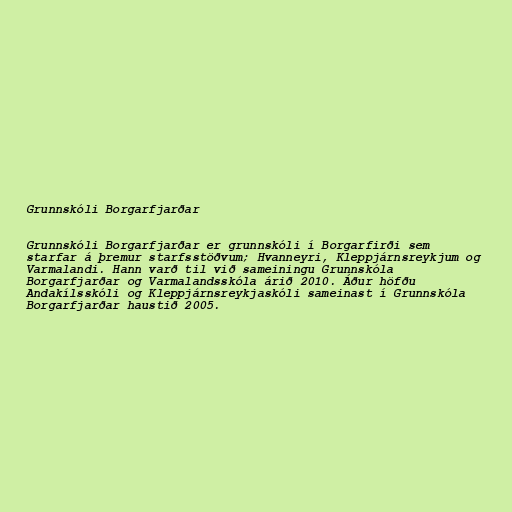
Grunnskóli Borgarfjarðar

Grunnskóli Borgarfjarðar er grunnskóli í Borgarfirði sem
starfar á þremur starfsstöðvum; Hvanneyri, Kleppjárnsreykjum og
Varmalandi. Hann varð til við sameiningu Grunnskóla
Borgarfjarðar og Varmalandsskóla árið 2010. Áður höfðu
Andakílsskóli og Kleppjárnsreykjaskóli sameinast í Grunnskóla
Borgarfjarðar haustið 2005.